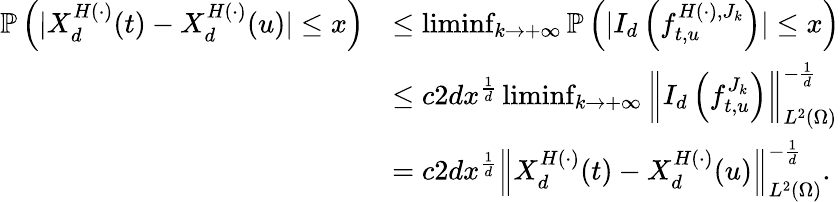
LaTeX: \begin{array}{rl}{\mathbb{P}\left(|X_{d}^{H(\cdot)}(t)-X_{d}^{H(\cdot)}(u)|\leq x\right)}&{\leq\operatorname*{liminf}_{k\to+\infty}\mathbb{P}\left(|I_{d}\left(f_{t,u}^{H(\cdot),J_{k}}\right)|\leq x\right)}\\ &{\leq c2dx^{\frac{1}{d}}\operatorname*{liminf}_{k\to+\infty}\left\| I_{d}\left(f_{t,u}^{J_{k}}\right)\right\| _{L^{2}(\Omega)}^{-\frac{1}{d}}}\\ &{=c2dx^{\frac{1}{d}}\left\| X_{d}^{H(\cdot)}(t)-X_{d}^{H(\cdot)}(u)\right\| _{L^{2}(\Omega)}^{-\frac{1}{d}}.}\end{array}